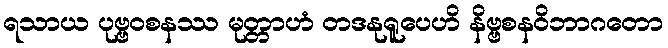
ရသာယ ပုဗ္ဗဝစနဿ မုတ္တာဟံ တဒနုရူပေဟိ နိဗ္ဗစနဝိဘာဂတော